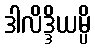
ဒါလိဒ္ဒိယမ္ပိ